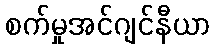
စက်မှုအင်ဂျင်နီယာ